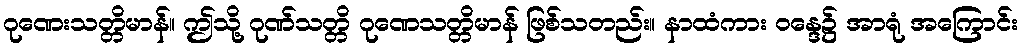
ဂုဏေးသတ္တိမာန်။ ဤသို့ ဂုဏ်သတ္တိ ဂုဏေသတ္တိမာန် ဖြစ်သတည်း။ နာထံကား ဝန္ဒေ၌ အာရုံ အကြောင်း